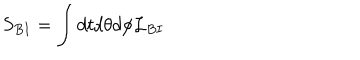
S _ { B I } = \int d t d \theta d \phi { \cal L } _ { B I }